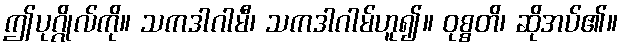
ဤပုဂ္ဂိုလ်ကို။ သကဒါဂါမီ၊ သကဒါဂါမ်ဟူ၍။ ဝုစ္စတိ၊ ဆိုအပ်၏။